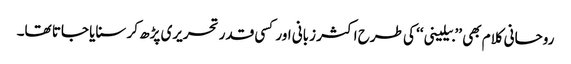
روحانی کلام بھی ’’بیلینی‘‘ کی طرح اکثر زبانی اور کسی قدر تحریری پڑھ کر سنایا جاتا تھا۔